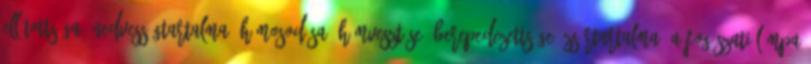
ellátottsága, nedvességtartalma, hámosodása, hámvesztése, berepedezettsége, zsírtartalma. A fogászati lámpa